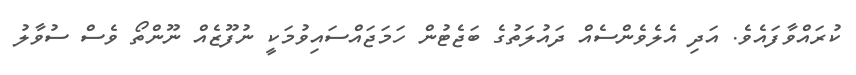
ކުރައްވާފައެވެ. އަދި އެލެވެންސެއް ދައުލަތުގެ ބަޖެޓުން ހަމަޖައްސައިވުމަކީ ނުފޫޒެއް ނޫންތޯ ވެސް ސުވާލު